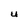
Character: U